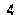
4